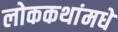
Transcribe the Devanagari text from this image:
लोककथांमधे